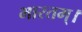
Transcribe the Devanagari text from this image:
भारतम्।